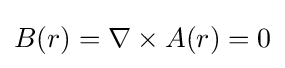
B(r)=\nabla \times A(r)=0